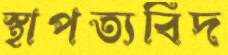
স্থাপত্যবিদ